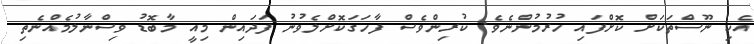
އެކި ނޫސްތަކަށް ކޮށްފައި ހުރުމުންނެވެ. ކުރިންވެސް ފާހަގަކޮށްލެވުނު ފަދައިން މިއީ މާބޮޑު ވިސްނާލުމެއްނެތި